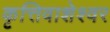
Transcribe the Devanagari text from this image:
कृत्तिवाशेश्वर